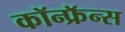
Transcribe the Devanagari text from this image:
कॉन्फ्रॅन्स